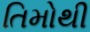
તિમોથી